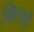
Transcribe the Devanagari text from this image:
व्हिताली